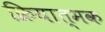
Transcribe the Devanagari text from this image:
क्रियात्‍मक